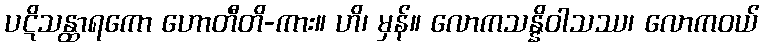
ပဋိသန္ထာရကော ဟောတီတိ-ကား။ ဟိ၊ မှန်။ လောကသန္နိဝါသဿ၊ လောကဝယ်